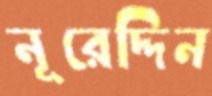
নূরেদ্দিন